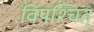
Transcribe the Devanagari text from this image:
विपश्चित्‌